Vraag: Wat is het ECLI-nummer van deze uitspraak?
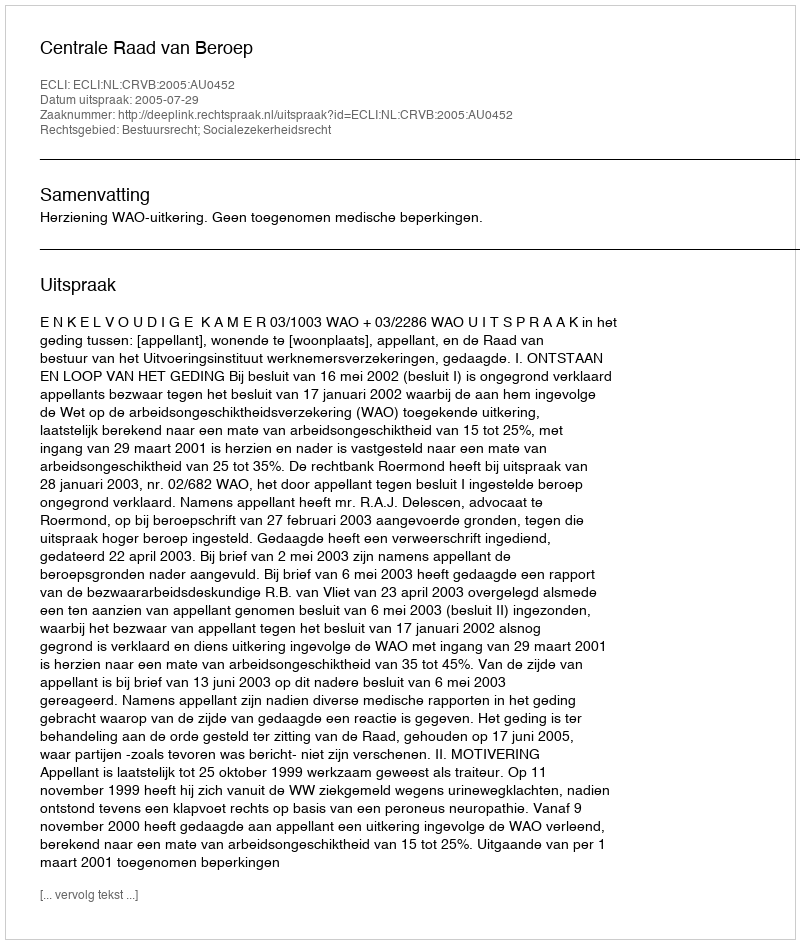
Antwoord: ECLI:NL:CRVB:2005:AU0452